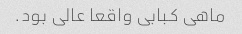
ماهی کبابی واقعا عالی بود.